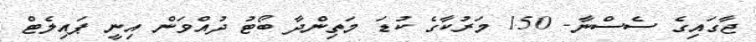
ޖާގައިގެ ސެސްނާ- 150 މަރުކާގެ ކުޑަ މަތިންދާ ބޯޓު ދުއްވަން އިނީ ޕައިލެޓް